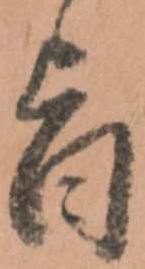
旨